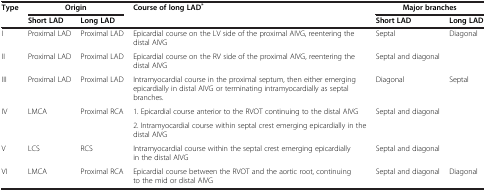
<table><thead><tr><td rowspan="2"><b>Type</b></td><td colspan="2"><b>Origin</b></td><td rowspan="2"><b>Course of long LAD<sup>*</sup></b></td><td colspan="2"><b>Major branches</b></td></tr><tr><td><b>Short LAD</b></td><td><b>Long LAD</b></td><td><b>Short LAD</b></td><td><b>Long LAD</b></td></tr></thead><tbody><tr><td>I</td><td>Proximal LAD</td><td>Proximal LAD</td><td>Epicardial course on the LV side of the proximal AIVG, reentering the distal AIVG</td><td>Septal</td><td>Diagonal</td></tr><tr><td>II</td><td>Proximal LAD</td><td>Proximal LAD</td><td>Epicardial course on the RV side of the proximal AIVG, reentering the distal AIVG</td><td colspan="2">Septal and diagonal</td></tr><tr><td>III</td><td>Proximal LAD</td><td>Proximal LAD</td><td>Intramyocardial course in the proximal septum, then either emerging epicardially in distal AIVG or terminating intramyocardially as septal branches.</td><td>Diagonal</td><td>Septal</td></tr><tr><td rowspan="2">IV</td><td rowspan="2">LMCA</td><td rowspan="2">Proximal RCA</td><td>1. Epicardial course anterior to the RVOT continuing to the distal AIVG</td><td rowspan="2" colspan="2">Septal and diagonal</td></tr><tr><td>2. Intramyocardial course within septal crest emerging epicardially in the distal AIVG</td></tr><tr><td>V</td><td>LCS</td><td>RCS</td><td>Intramyocardial course within the septal crest emerging epicardially in the distal AIVG</td><td colspan="2">Septal and diagonal</td></tr><tr><td>VI</td><td>LMCA</td><td>Proximal RCA</td><td>Epicardial course between the RVOT and the aortic root, continuing to the mid or distal AIVG</td><td>Septal and diagonal</td><td>Diagonal</td></tr></tbody></table>